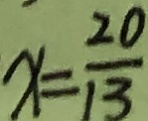
x = \frac { 2 0 } { 1 3 }